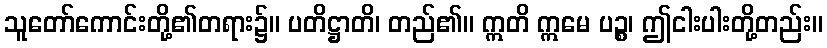
သူတော်ကောင်းတို့၏တရား၌။ ပတိဋ္ဌာတိ၊ တည်၏။ ဣတိ ဣမေ ပဉ္စ၊ ဤငါးပါးတို့တည်း။